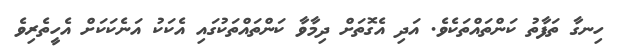
ހިނގާ ތަފާތު ކަންތައްތަކެވެ. އަދި އެގޮތަށް ދިމާވާ ކަންތައްތަކުގައި އެކަކު އަނެކަކަށް އެހީތެރިވެ